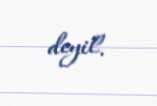
deyil.